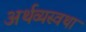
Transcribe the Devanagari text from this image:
अर्थव्यस्वथा